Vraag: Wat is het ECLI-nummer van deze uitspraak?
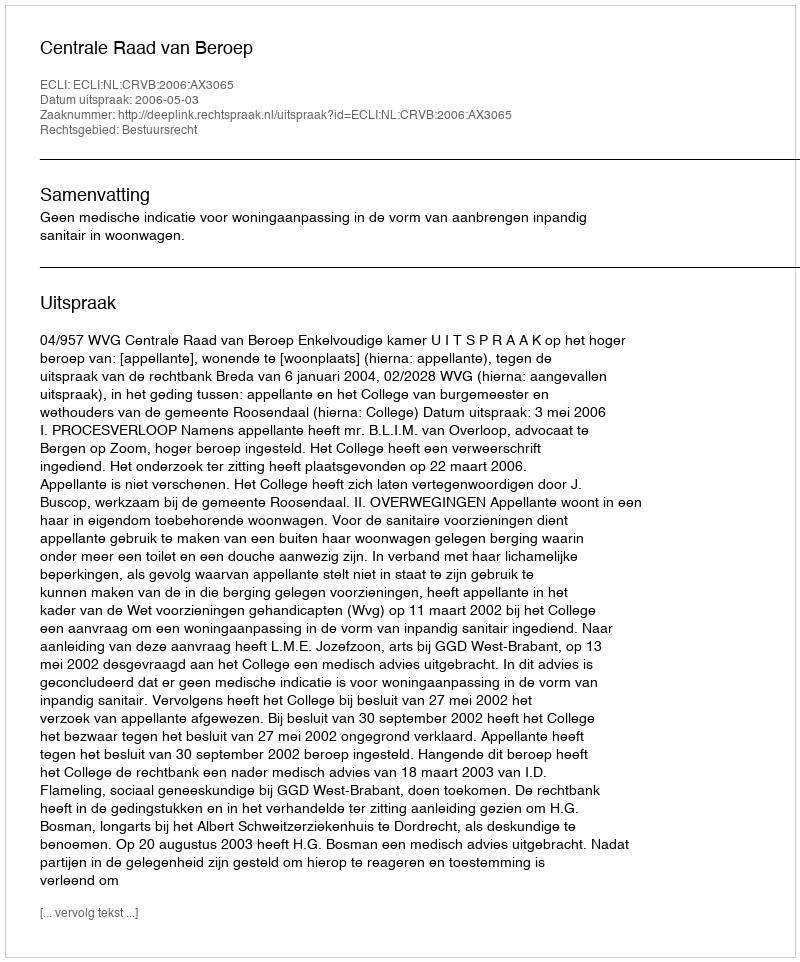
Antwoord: ECLI:NL:CRVB:2006:AX3065